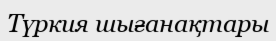
Түркия шығанақтары